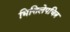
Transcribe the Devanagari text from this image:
भित्तिलेपचित्र